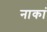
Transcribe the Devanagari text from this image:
नाकां